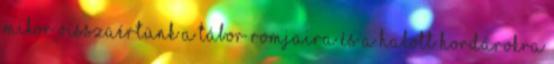
Mikor visszaértünk a tábor romjaira és a halott hordárokra